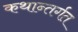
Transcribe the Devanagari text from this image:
कथान्तर्गत